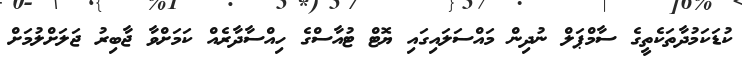
ކުޑަކަމުދާތަކެތީގެ ސާމްޕަލް ނުދިން މައްސަލައިގައި ޔޮޓް ޓުއާސްގެ ހިއްސާދާރެއް ކަމަށްވާ ޖާބިރު ޖަލަށްލުމަށް